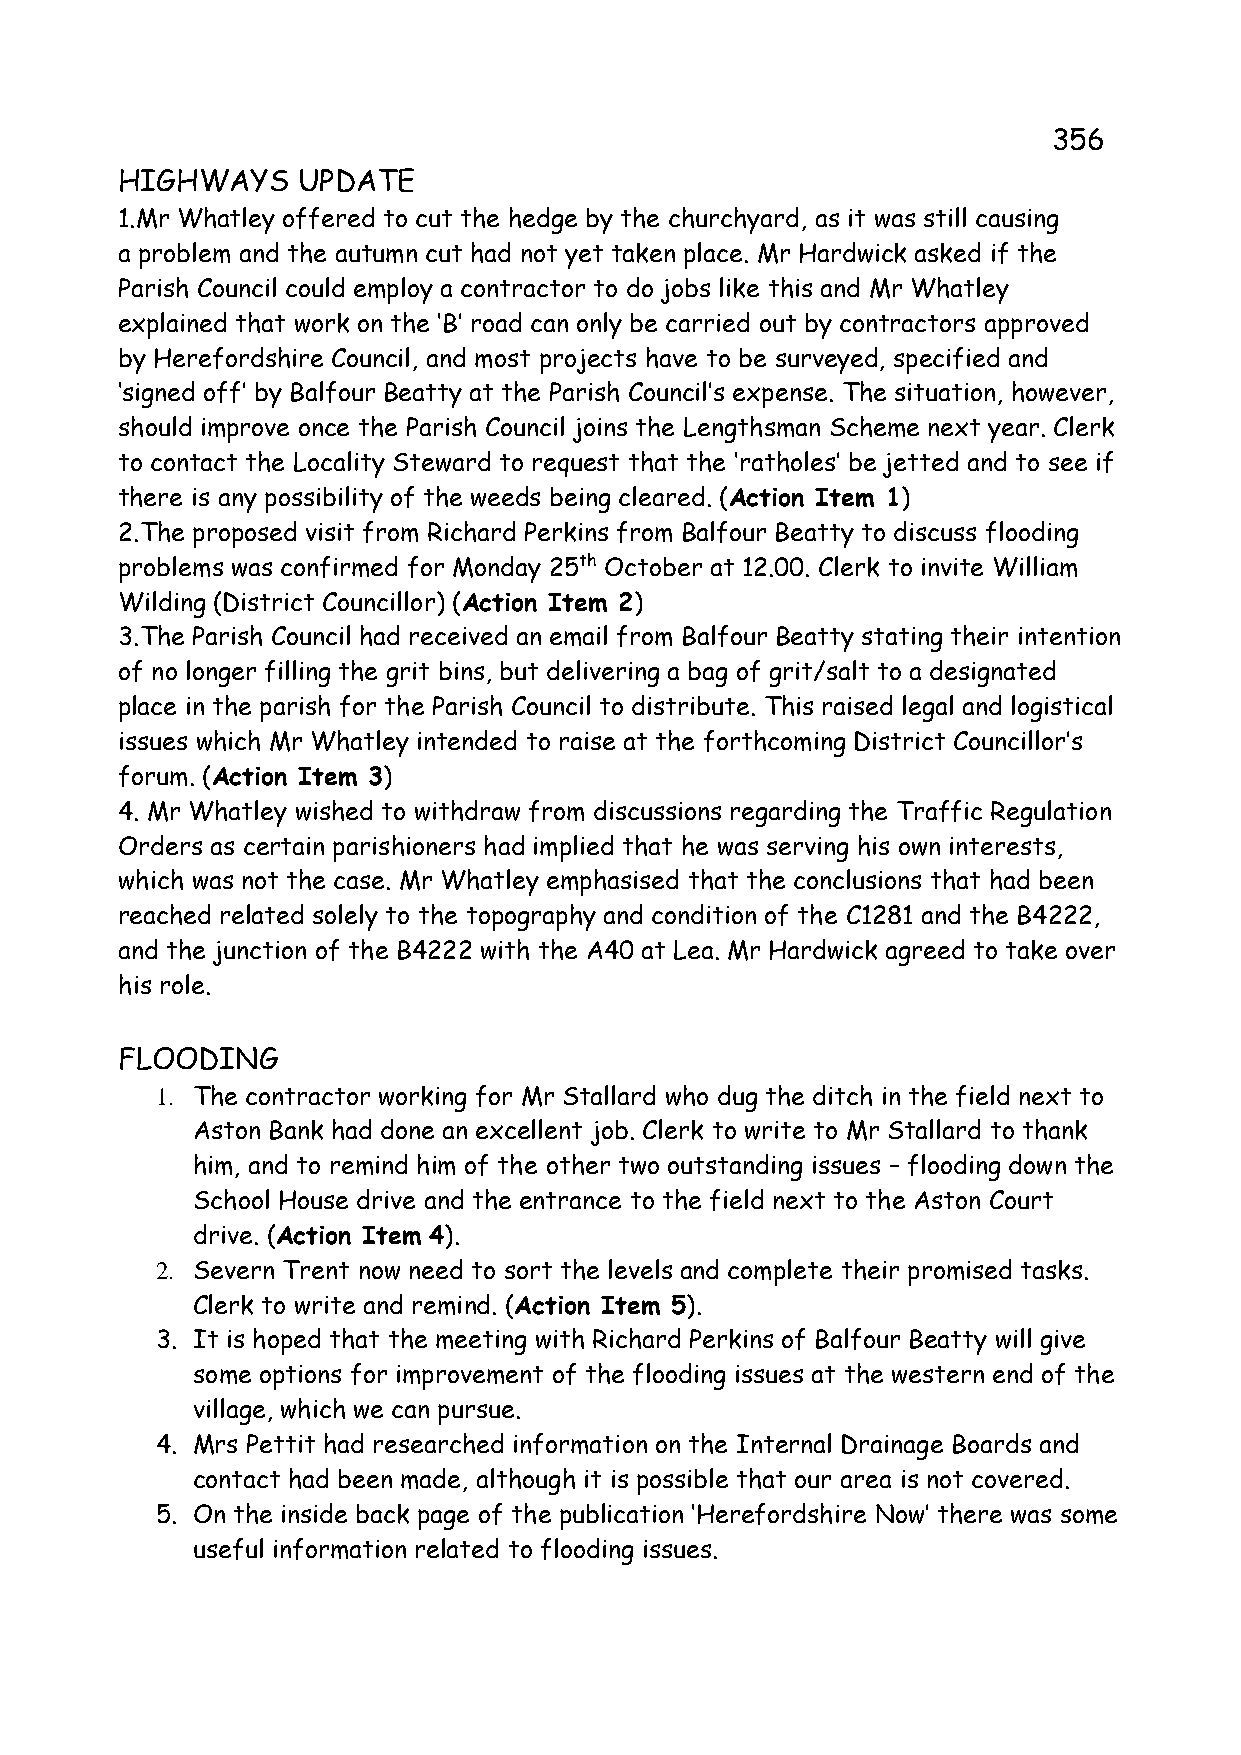
356
 HIGHWAYS    UPDATE
 1.Mr Whatley offered to cut the hedge by the churchyard, as it was still causing
 a problem and the autumn cut had not yet taken place. Mr Hardwick asked if the
 Parish Council could employ a contractor to do jobs like this and Mr Whatley
 explained that work on the ‘B’ road can only be carried out by contractors approved
 by Herefordshire Council, and most projects have to be surveyed, specified and
 ‘signed off’ by Balfour Beatty at the Parish Council’s expense. The situation, however,
 should improve once the Parish Council joins the Lengthsman Scheme next year. Clerk
 to contact the Locality Steward to request that the ‘ratholes’ be jetted and to see if
 there is any possibility of the weeds being cleared. (Action Item 1)
 2.The proposed visit from Richard Perkins from Balfour Beatty to discuss flooding
 problems was confirmed for Monday 25th October at 12.00. Clerk to invite William
 Wilding (District Councillor) (Action Item 2)
 3.The Parish Council had received an email from Balfour Beatty stating their intention
 of no longer filling the grit bins, but delivering a bag of grit/salt to a designated
 place in the parish for the Parish Council to distribute. This raised legal and logistical
 issues which Mr Whatley intended to raise at the forthcoming District Councillor’s
 forum. (Action Item 3)
 4. Mr Whatley wished to withdraw from discussions regarding the Traffic Regulation
 Orders as certain parishioners had implied that he was serving his own interests,
 which was not the case. Mr Whatley emphasised that the conclusions that had been
 reached related solely to the topography and condition of the C1281 and the B4222,
 and the junction of the B4222 with the A40 at Lea. Mr Hardwick agreed to take over
 his role.
 FLOODING
 1. The contractor working for Mr Stallard who dug the ditch in the field next to
 Aston Bank had done an excellent job. Clerk to write to Mr Stallard to thank
 him, and to remind him of the other two outstanding issues – flooding down the
 School House drive and the entrance to the field next to the Aston Court
 drive. (Action Item 4).
 2. Severn Trent now need to sort the levels and complete their promised tasks.
 Clerk to write and remind. (Action Item 5).
 3. It is hoped that the meeting with Richard Perkins of Balfour Beatty will give
 some options for improvement of the flooding issues at the western end of the
 village, which we can pursue.
 4. Mrs Pettit had researched information on the Internal Drainage Boards and
 contact had been made, although it is possible that our area is not covered.
 5. On the inside back page of the publication ‘Herefordshire Now’ there was some
 useful information related to flooding issues.